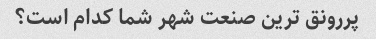
پررونق ترین صنعت شهر شما کدام است؟